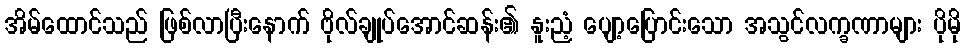
အိမ်ထောင်သည် ဖြစ်လာပြီးနောက် ဗိုလ်ချုပ်အောင်ဆန်း၏ နူးညံ့ ပျော့ပြောင်းသော အသွင်လက္ခဏာများ ပိုမို